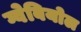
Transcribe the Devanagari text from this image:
ग्वेबियोल